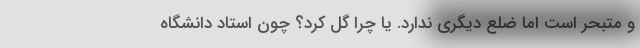
و متبحر است اما ضلع دیگری ندارد. یا چرا گل کرد؟ چون استاد دانشگاه